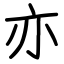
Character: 亦